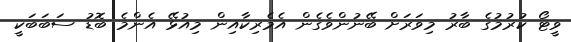
ވީޓޯ ކުރުމުގެ ބާރު މިވަރަށް ބޭނުންވެގެން އެމެރިކާއިން މިއުޅޭ އެންމެ ބޮޑު ސަބަބަކީ